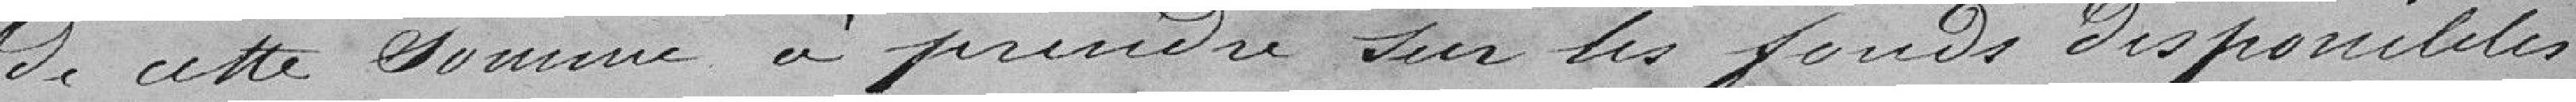
de cette somme à prendre sur les fonds disponibles